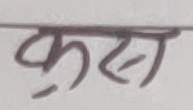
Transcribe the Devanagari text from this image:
क्रस